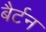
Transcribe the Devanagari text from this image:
बैर्टन